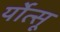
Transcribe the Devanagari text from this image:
र्योत्सू